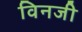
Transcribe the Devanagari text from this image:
विनजी